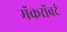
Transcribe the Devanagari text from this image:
मॅकरॉबर्ट